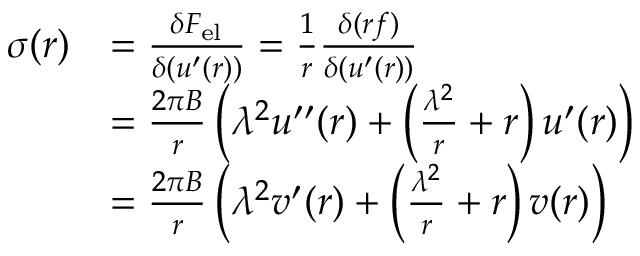
\begin{array} { r l } { \sigma ( r ) } & { = \frac { \delta { F } _ { \mathrm { { e l } } } } { \delta ( u ^ { \prime } ( r ) ) } = \frac { 1 } { r } \frac { \delta ( r f ) } { \delta ( u ^ { \prime } ( r ) ) } } \\ & { = \frac { 2 \pi B } { r } \left( \lambda ^ { 2 } u ^ { \prime \prime } ( r ) + \left( \frac { \lambda ^ { 2 } } { r } + r \right) u ^ { \prime } ( r ) \right) } \\ & { = \frac { 2 \pi B } { r } \left( \lambda ^ { 2 } v ^ { \prime } ( r ) + \left( \frac { \lambda ^ { 2 } } { r } + r \right) v ( r ) \right) } \end{array}